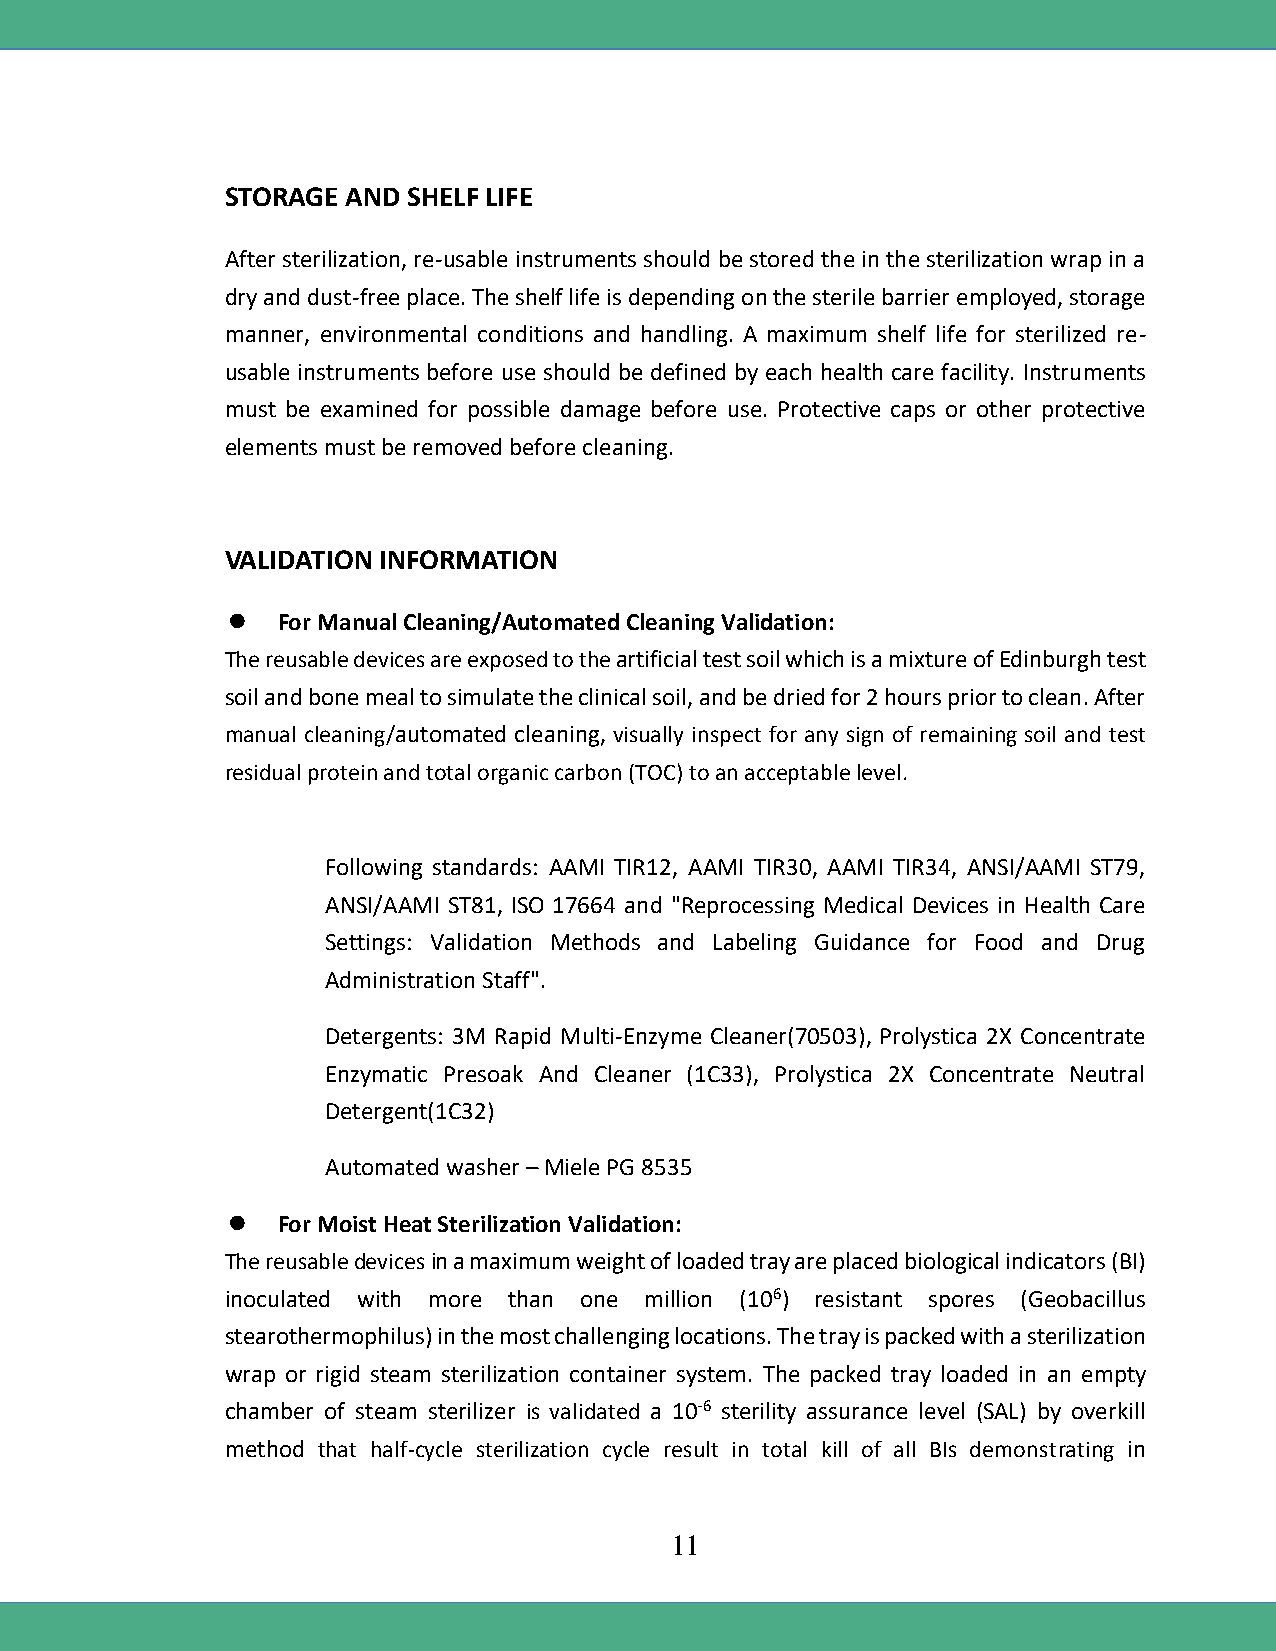
STORAGE AND SHELF LIFE
 After sterilization, re-usable instruments should be stored the in the sterilization wrap in a
 dry and dust-free place. The shelf life is depending on the sterile barrier employed, storage
 manner, environmental conditions and handling. A maximum shelf life for sterilized re-
 usable instruments before use should be defined by each health care facility. Instruments
 must be examined for possible damage before use. Protective caps or other protective
 elements must be removed before cleaning.
 VALIDATION INFORMATION
   For Manual Cleaning/Automated Cleaning Validation:
 The reusable devices are exposed to the artificial test soil which is a mixture of Edinburgh test
 soil and bone meal to simulate the clinical soil, and be dried for 2 hours prior to clean. After
 manual cleaning/automated cleaning, visually inspect for any sign of remaining soil and test
 residual protein and total organic carbon (TOC) to an acceptable level.
 Following standards: AAMI TIR12, AAMI TIR30, AAMI TIR34, ANSI/AAMI ST79,
 ANSI/AAMI ST81, ISO 17664 and "Reprocessing Medical Devices in Health Care
 Settings: Validation Methods and Labeling Guidance for Food and Drug
 Administration Staff".
 Detergents: 3M Rapid Multi-Enzyme Cleaner(70503), Prolystica 2X Concentrate
 Enzymatic Presoak And Cleaner (1C33), Prolystica 2X Concentrate Neutral
 Detergent(1C32)
 Automated washer – Miele PG 8535
   For Moist Heat Sterilization Validation:
 The reusable devices in a maximum weight of loaded tray are placed biological indicators (BI)
 inoculated with more than one million (106) resistant spores (Geobacillus
 stearothermophilus) in the most challenging locations. The tray is packed with a sterilization
 wrap or rigid steam sterilization container system. The packed tray loaded in an empty
 chamber of steam sterilizer is validated a 10-6 sterility assurance level (SAL) by overkill
 method that half-cycle sterilization cycle result in total kill of all BIs demonstrating in
 11